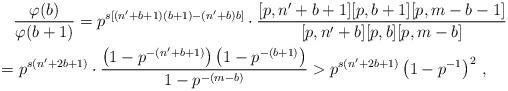
LaTeX: \begin{align*}&\frac{\varphi(b)}{\varphi(b+1)}= p^{s[(n'+b+1)(b+1)-(n'+b)b]}\cdot\frac{[p,n'+b+1][p,b+1][p,m-b-1]}{[p,n'+b][p,b][p,m-b]}\\=&\ p^{s(n'+2b+1)}\cdot\frac{\left( 1-p^{-(n'+b+1)}\right)\left( 1-p^{-(b+1)}\right)}{ 1-p^{-(m-b)}}> p^{s(n'+2b+1)}\left( 1-p^{-1}\right)^2\,,\end{align*}